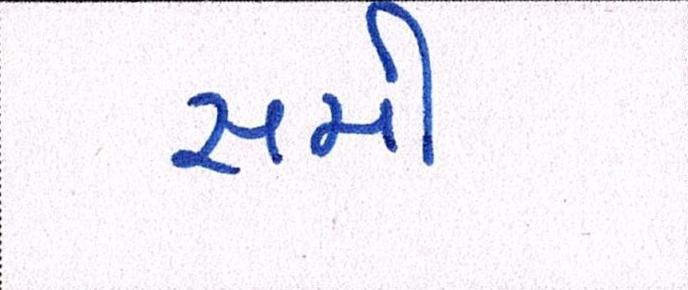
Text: સમી